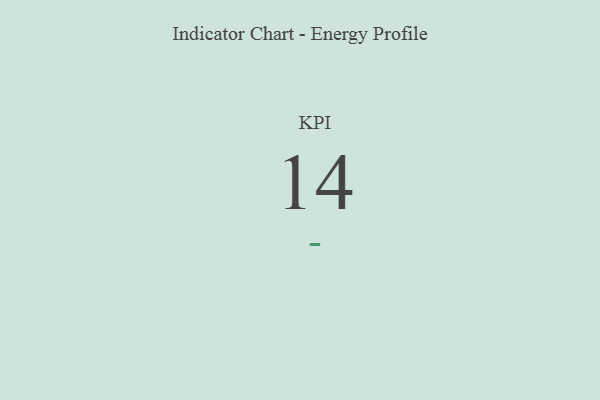
{"axis": {"x": "KPI", "y": "Value"}, "legend": [""], "data": [{"x": "KPI", "y": 14, "type": ""}]}